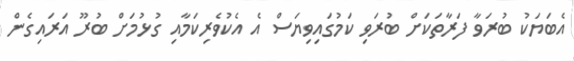
އެބަޔަކު ބުރަވާ ފަރާތަކަށް ބުރަވި ކަމުގައިވިޔަސް އެ އެކުވެރިކަމާއި ގުޅުމަށް ބުރޫ އަރައިގެން